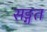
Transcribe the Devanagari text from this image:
सङ्गत